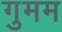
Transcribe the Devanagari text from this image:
गुमम